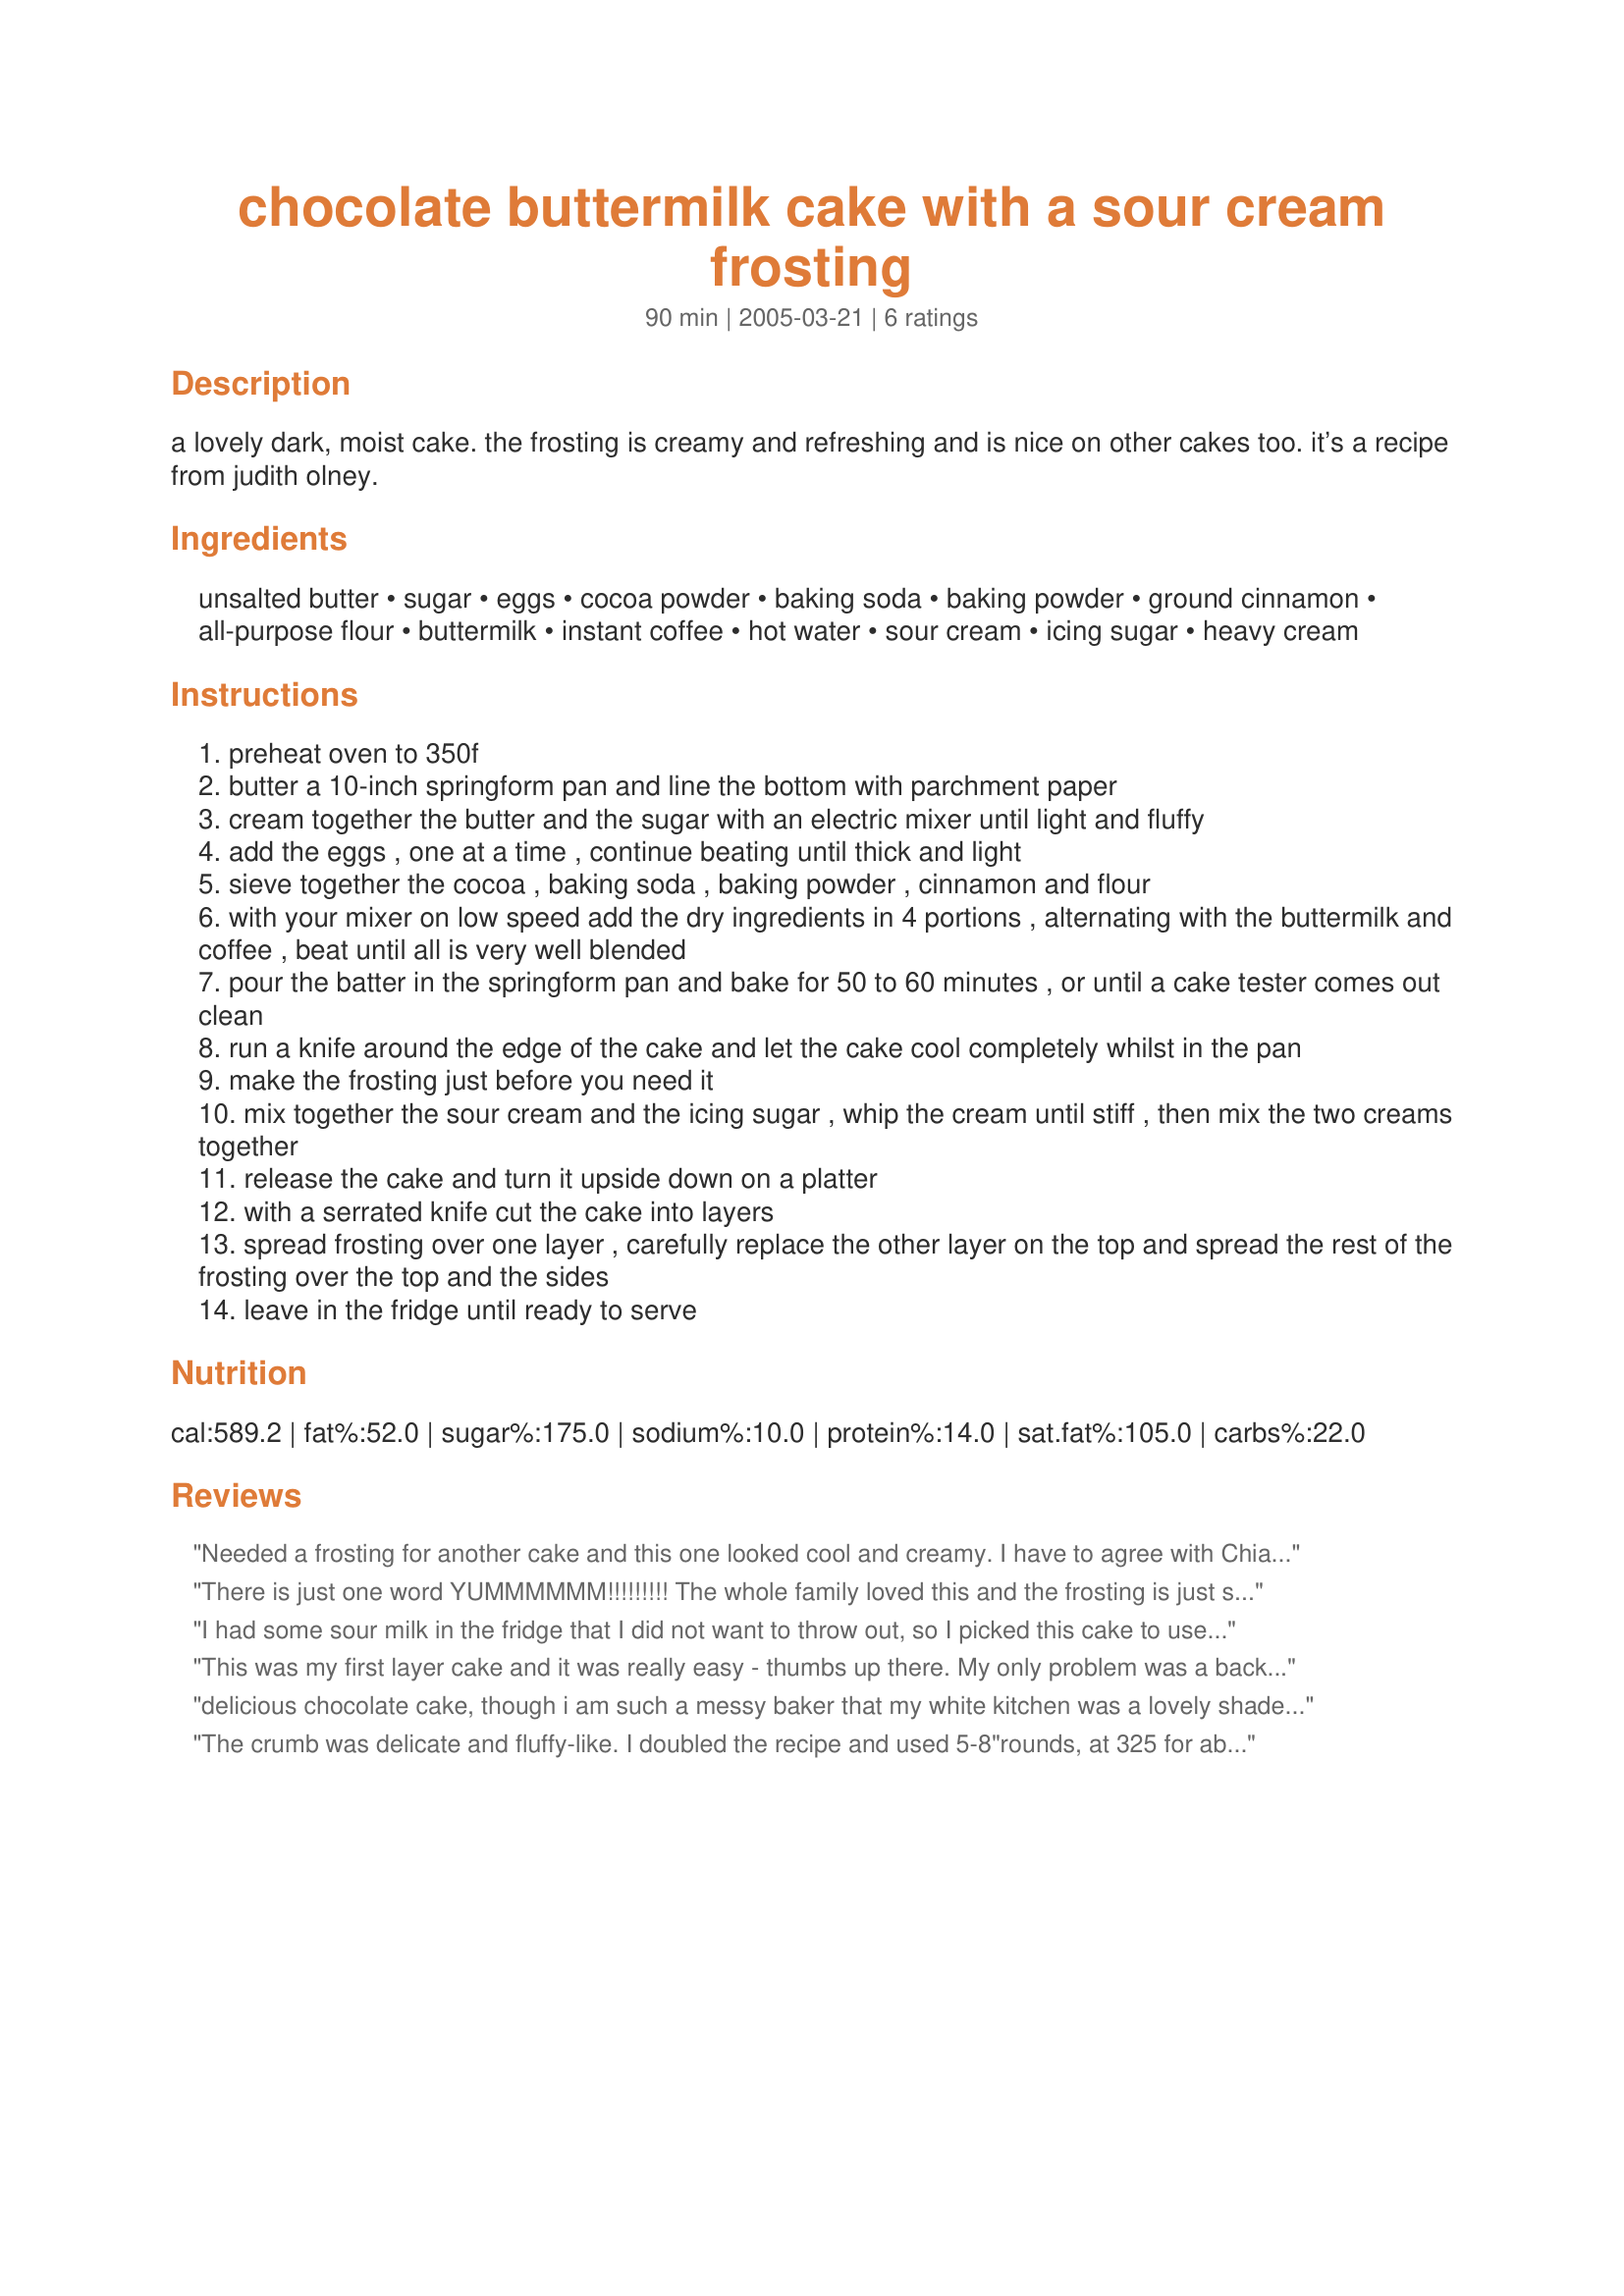
chocolate buttermilk cake with a sour cream frosting
Preparation time: 90 minutes

a lovely dark, moist cake. the frosting is creamy and refreshing and is nice on other cakes too. it’s a recipe from judith olney.

Ingredients:
unsalted butter, sugar, eggs, cocoa powder, baking soda, baking powder, ground cinnamon, all-purpose flour, buttermilk, instant coffee, hot water, sour cream, icing sugar, heavy cream

Steps:
preheat oven to 350f
butter a 10-inch springform pan and line the bottom with parchment paper
cream together the butter and the sugar with an electric mixer until light and fluffy
add the eggs , one at a time , continue beating until thick and light
sieve together the cocoa , baking soda , baking powder , cinnamon and flour
with your mixer on low speed add the dry ingredients in 4 portions , alternating with the buttermilk and coffee , beat until all is very well blended
pour the batter in the springform pan and bake for 50 to 60 minutes , or until a cake tester comes out clean
run a knife around the edge of the cake and let the cake cool completely whilst in the pan
make the frosting just before you need it
mix together the sour cream and the icing sugar , whip the cream until stiff , then mix the two creams together
release the cake and turn it upside down on a platter
with a serrated knife cut the cake into layers
spread frosting over one layer , carefully replace the other layer on the top and spread the rest of the frosting over the top and the sides
leave in the fridge until ready to serve

Reviews:
Needed a frosting for another cake and this one looked cool and creamy. I have to agree with Chia though, the frosting tasted great but it was very thin. I had to freeze the cake for 1/2 hour to firm it up before serving.
There is just one word YUMMMMMM!!!!!!!!!
The whole family loved this and the frosting is just so good.
Thanks for sharing this SUPER cake recipe with us.
HUGS
Ri
I had some sour milk in the fridge that I did not want to throw out, so I picked this cake to use it up. I was not sure how the coffee/cinnamon mix. would taste,but it is a very nice cake, moist and chocolatey, the coffee is a nice added flavor.I used a 9x12 pan and margarine, not butter and added vanilla. Thankyou for posting.
This was my first layer cake and it was really easy - thumbs up there. My only problem was a background taste that mum and i could taste that was a bit funny- i had that before with a cake mix but thought it was the oil. Now that i see there is no oil in this cake maybe it meant that one of my ingredients was off. Though it was a lovely cake which i think would work well with some cherry pie filling in the layer. Thanks for posting. Miss Pixie x x x :D
delicious chocolate cake, though i am such a messy baker that my white kitchen was a lovely shade of cocoa by the time i was done, and so was i :). my only problem was with the frosting, i don't think i beat my cream long enough, as the consistancy was a bit loose for frosting. but the taste was great, and a good way to use up extra buttermilk.
The crumb was delicate and fluffy-like. 
I doubled the recipe and used 5-8"rounds, at 325 for about 35-40 minutes.
I add the cinnamon. I increased the chocolate to 1 1/4 cup total(this is the amount for the doubled recipe). All I had was instant espresso...I used 2 tbsp with 3 tbsp of boiling water.
Incredible cake that really didn't need icing but I iced it with Mr. Brown's Italian Meringue Buttercream...Recipe #2174541. 
This is definitely a keeper! Thanks for posting it!
